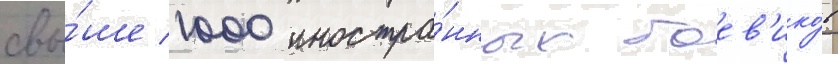
свы́ше 1000 иностра́нных боев'ико́в